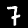
Digit: 7